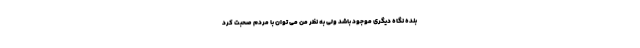
بنده نگاه دیگری موجود باشد ولی به نظر من می توان با مردم صحبت کرد